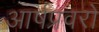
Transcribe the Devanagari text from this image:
आर्षप्रवरो